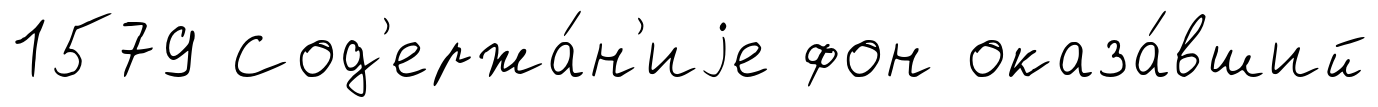
1579 Сод'ержа́н'иjе фон оказа́вший